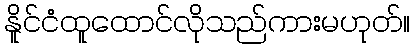
နိူင်ငံထူထောင်လိုသည်ကားမဟုတ်။